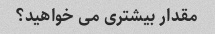
مقدار بیشتری می خواهید؟